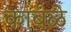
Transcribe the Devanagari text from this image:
काबंळे